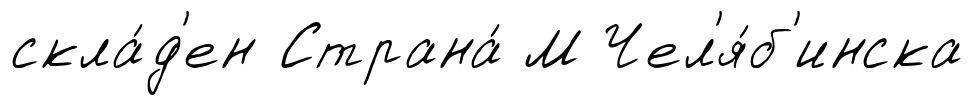
скла́д'ен Страна́ М Чел'я́б'инска